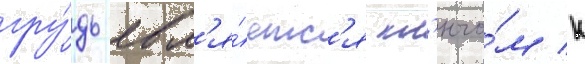
гру́дь явл'я́етс'я кл'ючо́м к